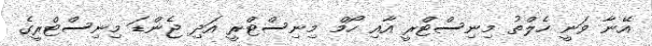
އޭނާ ވަނީ ހެލްތު މިނިސްޓްރީ އާއި ހޯމް މިނިސްޓްރީ އަދި ޖެންޑަ މިނިސްޓްރީގެ